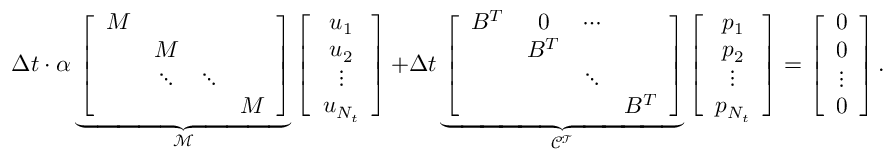
\Delta t \cdot \alpha \underbrace { \left[ \begin{array} { c c c c } { M } & & & \\ & { M } & & \\ & { \ddots } & { \ddots } & \\ & & & { M } \end{array} \right] } _ { \mathcal { M } } \left[ \begin{array} { c } { u _ { 1 } } \\ { u _ { 2 } } \\ { \vdots } \\ { u _ { N _ { t } } } \end{array} \right] { + } \Delta t \underbrace { \left[ \begin{array} { c c c c } { B ^ { T } } & { 0 } & { \cdots } & \\ & { B ^ { T } } & & \\ & & { \ddots } & \\ & & & { B ^ { T } } \end{array} \right] } _ { \mathcal { C ^ { T } } } \left[ \begin{array} { c } { p _ { 1 } } \\ { p _ { 2 } } \\ { \vdots } \\ { p _ { N _ { t } } } \end{array} \right] = \left[ \begin{array} { c } { 0 } \\ { 0 } \\ { \vdots } \\ { 0 } \end{array} \right] .